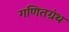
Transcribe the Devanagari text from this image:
गणितग्रंथ